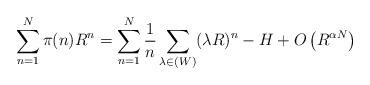
LaTeX: \begin{align*}\sum_{n=1}^{N} \pi(n) R^{n} = \sum_{n=1}^{N} \frac{1}{n} \sum_{\lambda \in (W)} (\lambda R)^{n}- H+ O \left( R^{\alpha N} \right) \end{align*}